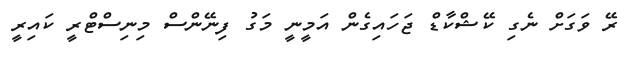
ރޭ ވަގަށް ނެގި ކޭޝްކާޑް ޖަހައިގެން އަމީނީ މަގު ފިނޭންސް މިނިސްޓްރީ ކައިރީ